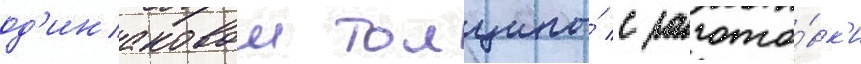
од'инаковои толщины́ с загото́вк'и